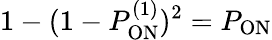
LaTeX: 1-(1-P_{\mathrm{ON}}^{(1)})^{2}=P_{\mathrm{ON}}